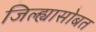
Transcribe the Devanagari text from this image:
जिल्ह्यासोबत